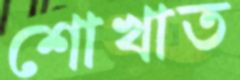
শোখাত